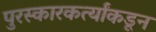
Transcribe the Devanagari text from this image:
पुरस्कारकर्त्यांकडून